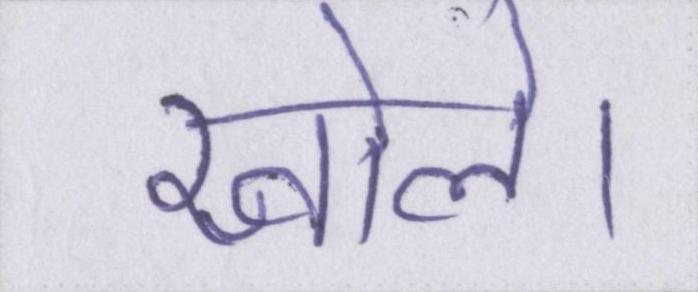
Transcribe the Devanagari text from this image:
खोले।